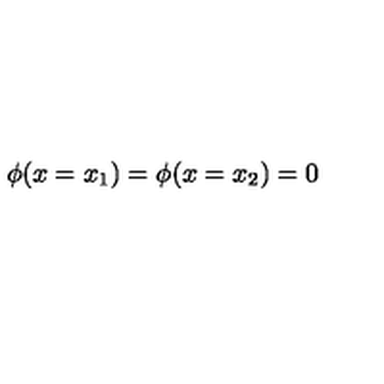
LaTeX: \phi ( x = x _ { 1 } ) = \phi ( x = x _ { 2 } ) = 0